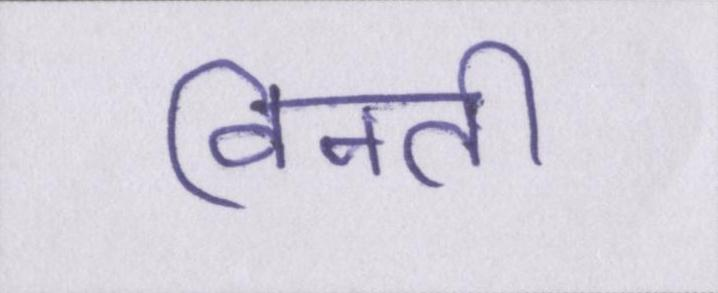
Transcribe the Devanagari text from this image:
विनती